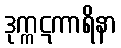
ဒုက္ကဋကာရိနာ